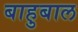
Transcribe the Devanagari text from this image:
बाहुबाल